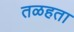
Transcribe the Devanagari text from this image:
तळहता